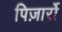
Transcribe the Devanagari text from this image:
पिज़ार्रो